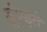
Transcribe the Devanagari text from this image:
डूंण्ड्ते